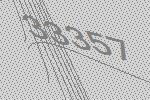
33357